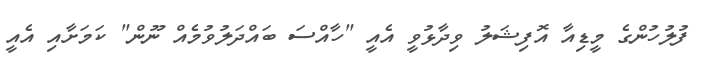
ފުލުހުންގެ މީޑިއާ އޮފިޝަލު ވިދާޅުވީ އެއީ "ހާއްސަ ބައްދަލުވުމެއް ނޫން" ކަމަށާއި އެއީ